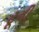
ટૂની